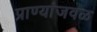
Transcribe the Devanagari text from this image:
प्राण्यांजवळ